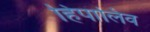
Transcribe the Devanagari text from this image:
हिपालिव